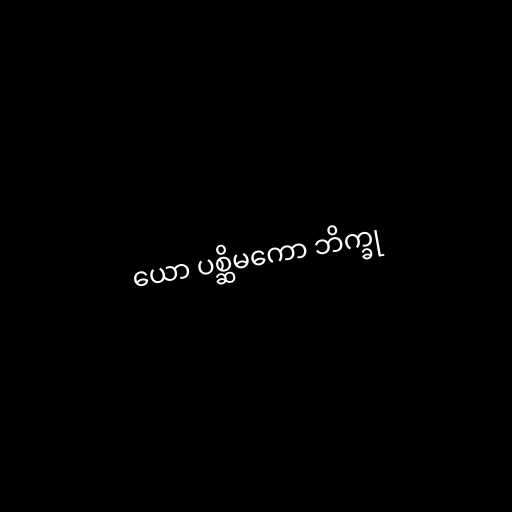
ယော ပစ္ဆိမကော ဘိက္ခု